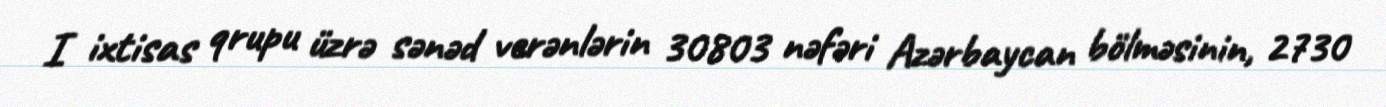
I ixtisas qrupu üzrə sənəd verənlərin 30803 nəfəri Azərbaycan bölməsinin, 2730